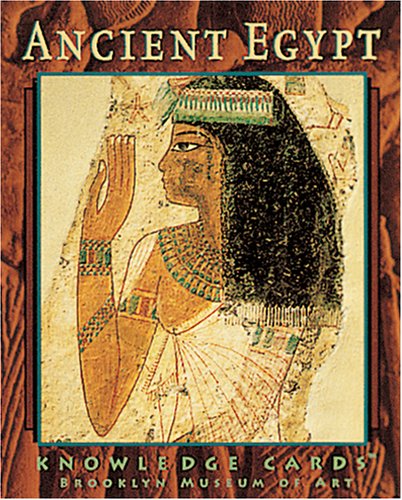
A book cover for Ancient Egypt Knowledge CardsEE¢; History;